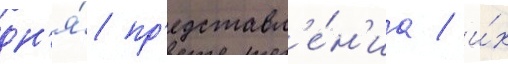
дн'я́ пр'едставл'е́н'иа / и́х